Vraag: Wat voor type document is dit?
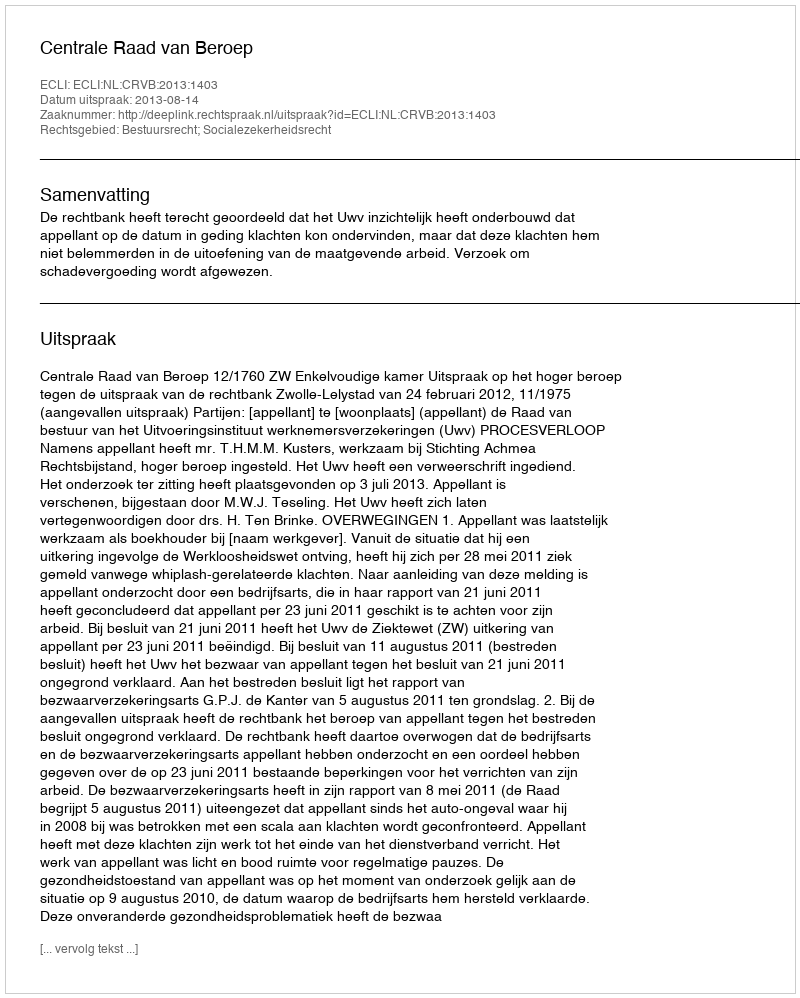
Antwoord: Uitspraak